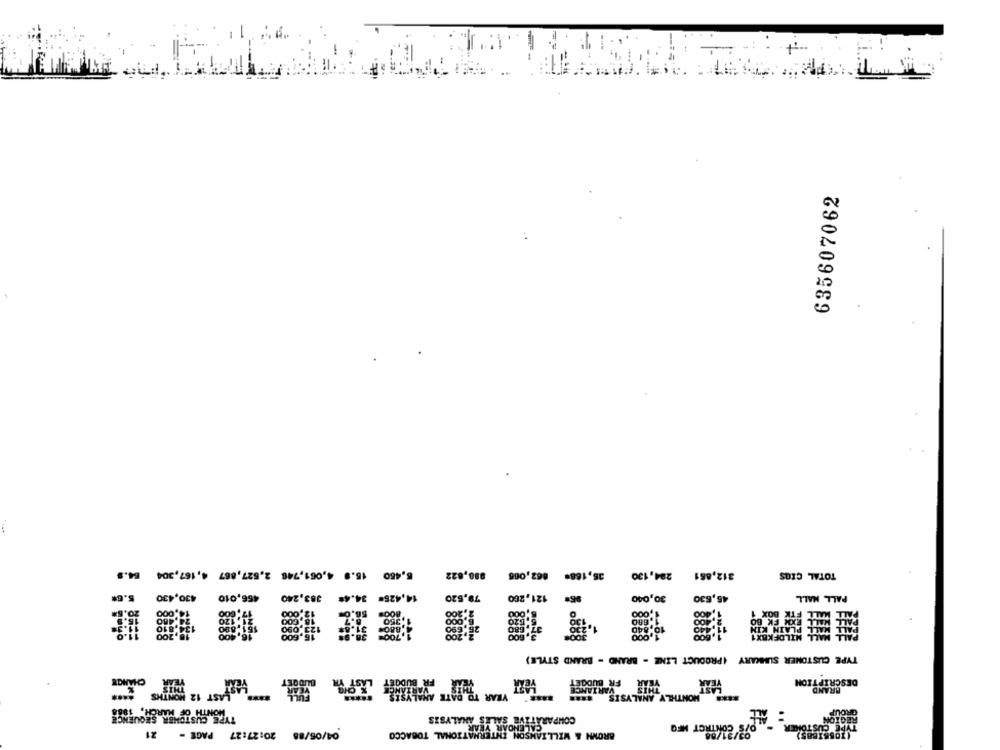
635607062
5,450 15.9 4,061,746 2,527,887 4,167,304 64.9
880,822
35,168* 862,005
284,130
312,861
TOTAL CIOS
5.6#
430,430
456,010
383,240
14,425# 34.48
79,520
121,260
30,040
45,630
PALL MALL
20.5*
14.000
12.000
56.00
2.200
1,000
18,GOO
6.7
31.
8.000
130
1.680
488
123.090
6.690
1.840
11,
PLAIN KIN
18,200
16.400
16.600
1.700
,200
1,000
MALL MILOFKBX1
TYPE CUSTOMER SUMMARY (PRODUCT LINE - BRAND - BRAND STYLE)
FR BUDGET
YEAR
DESCRIPTION
VARIANCE
THIS
BRAND
MONTHLY ANALYSIS ****
1MONTH OF MARCH, 10ES
BROU
COMPARATIVE SALES ANALYSIS
REGION
CALENDAR YEAR
Y'S CONTACT MFQ
TYPE CUST
21
PAGE -
04/05/88 20:27:27
BROWN & WILLIAMSON INTERNATIONAL TOBACCO
03/21/08
(JOSBIBBS)